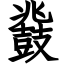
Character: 鼗